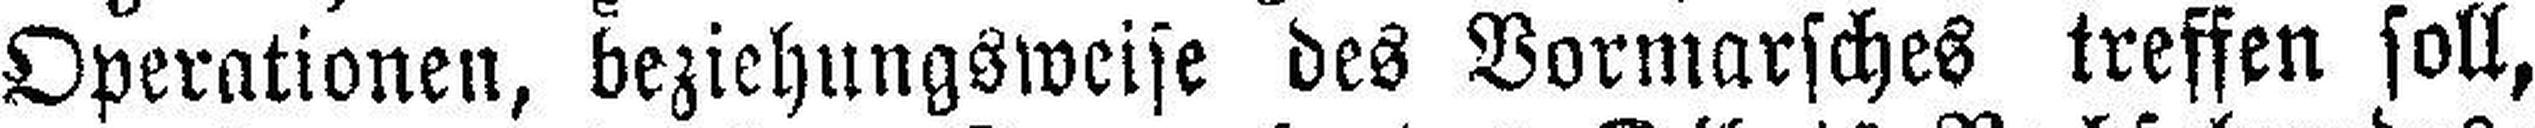
Operationen, beziehungsweise des Vormarsches treffen soll,